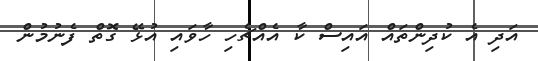
އަދި އެ ކުދިންތައް އައިސް ކާ އެއްޗެހި ހާވައި އުޅޭ ގޮތް ފެނުމުން